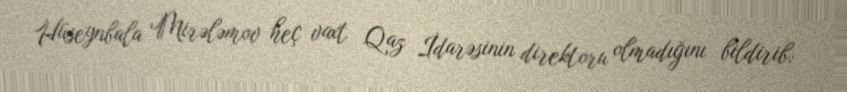
Hüseynbala Mirələmov heç vaxt Qaz İdarəsinin direktoru olmadığını bildirib: